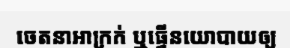
ចេតនាអាក្រក់ ឬធ្វើនយោបាយឲ្យ